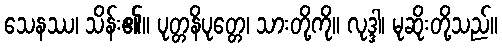
သေနဿ၊ သိန်း၏။ ပုတ္တနိပုတ္တေ၊ သားတို့ကို။ လုဒ္ဒါ၊ မုဆိုးတို့သည်။